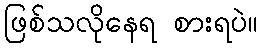
ဖြစ်သလိုနေရ စားရပဲ။